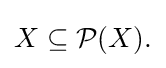
{\textstyle X\subseteq {\mathcal {P}}(X).}